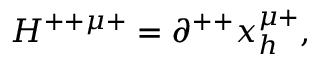
H ^ { + + \mu + } = \partial ^ { + + } x _ { h } ^ { \mu + } ,